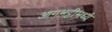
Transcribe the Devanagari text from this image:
आगभट्टीमध्ये